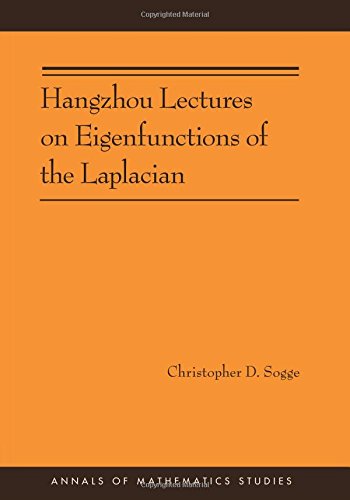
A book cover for Hangzhou Lectures on Eigenfunctions of the Laplacian (AM-188) (Annals of Mathematics Studies); Christopher D. Sogge; Science & Math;